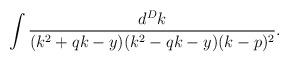
LaTeX: \begin{align*}\int\frac{d^Dk}{(k^2+qk-y)(k^2-qk-y)(k-p)^2}.\end{align*}